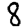
Digit: 8